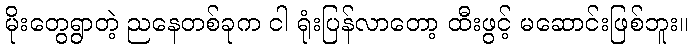
မိုးတွေရွာတဲ့ ညနေတစ်ခုက ငါ ရုံးပြန်လာတော့ ထီးဖွင့် မဆောင်းဖြစ်ဘူး။